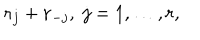
LaTeX: { \bf r } _ { j } + { \bf r } _ { - j } , \; j = 1 , \ldots , r ,